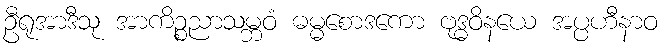
ဦရုအာဒီသု အာကိဉ္စညာသမ္ဘဝံ ဓမ္မစောဒကော ဗုဒ္ဓဝိနယေ အပ္ပဟီနာဝ